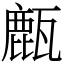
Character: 㼾